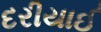
દરીયાઈ